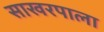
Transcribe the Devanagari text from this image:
साखरपाला